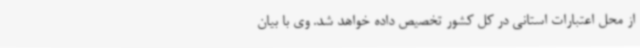
از محل اعتبارات استانی در کل کشور تخصیص داده خواهد شد. وی با بیان